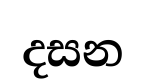
දසන